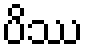
ပိဿ